Rongu_vallavalitsus, lk 13
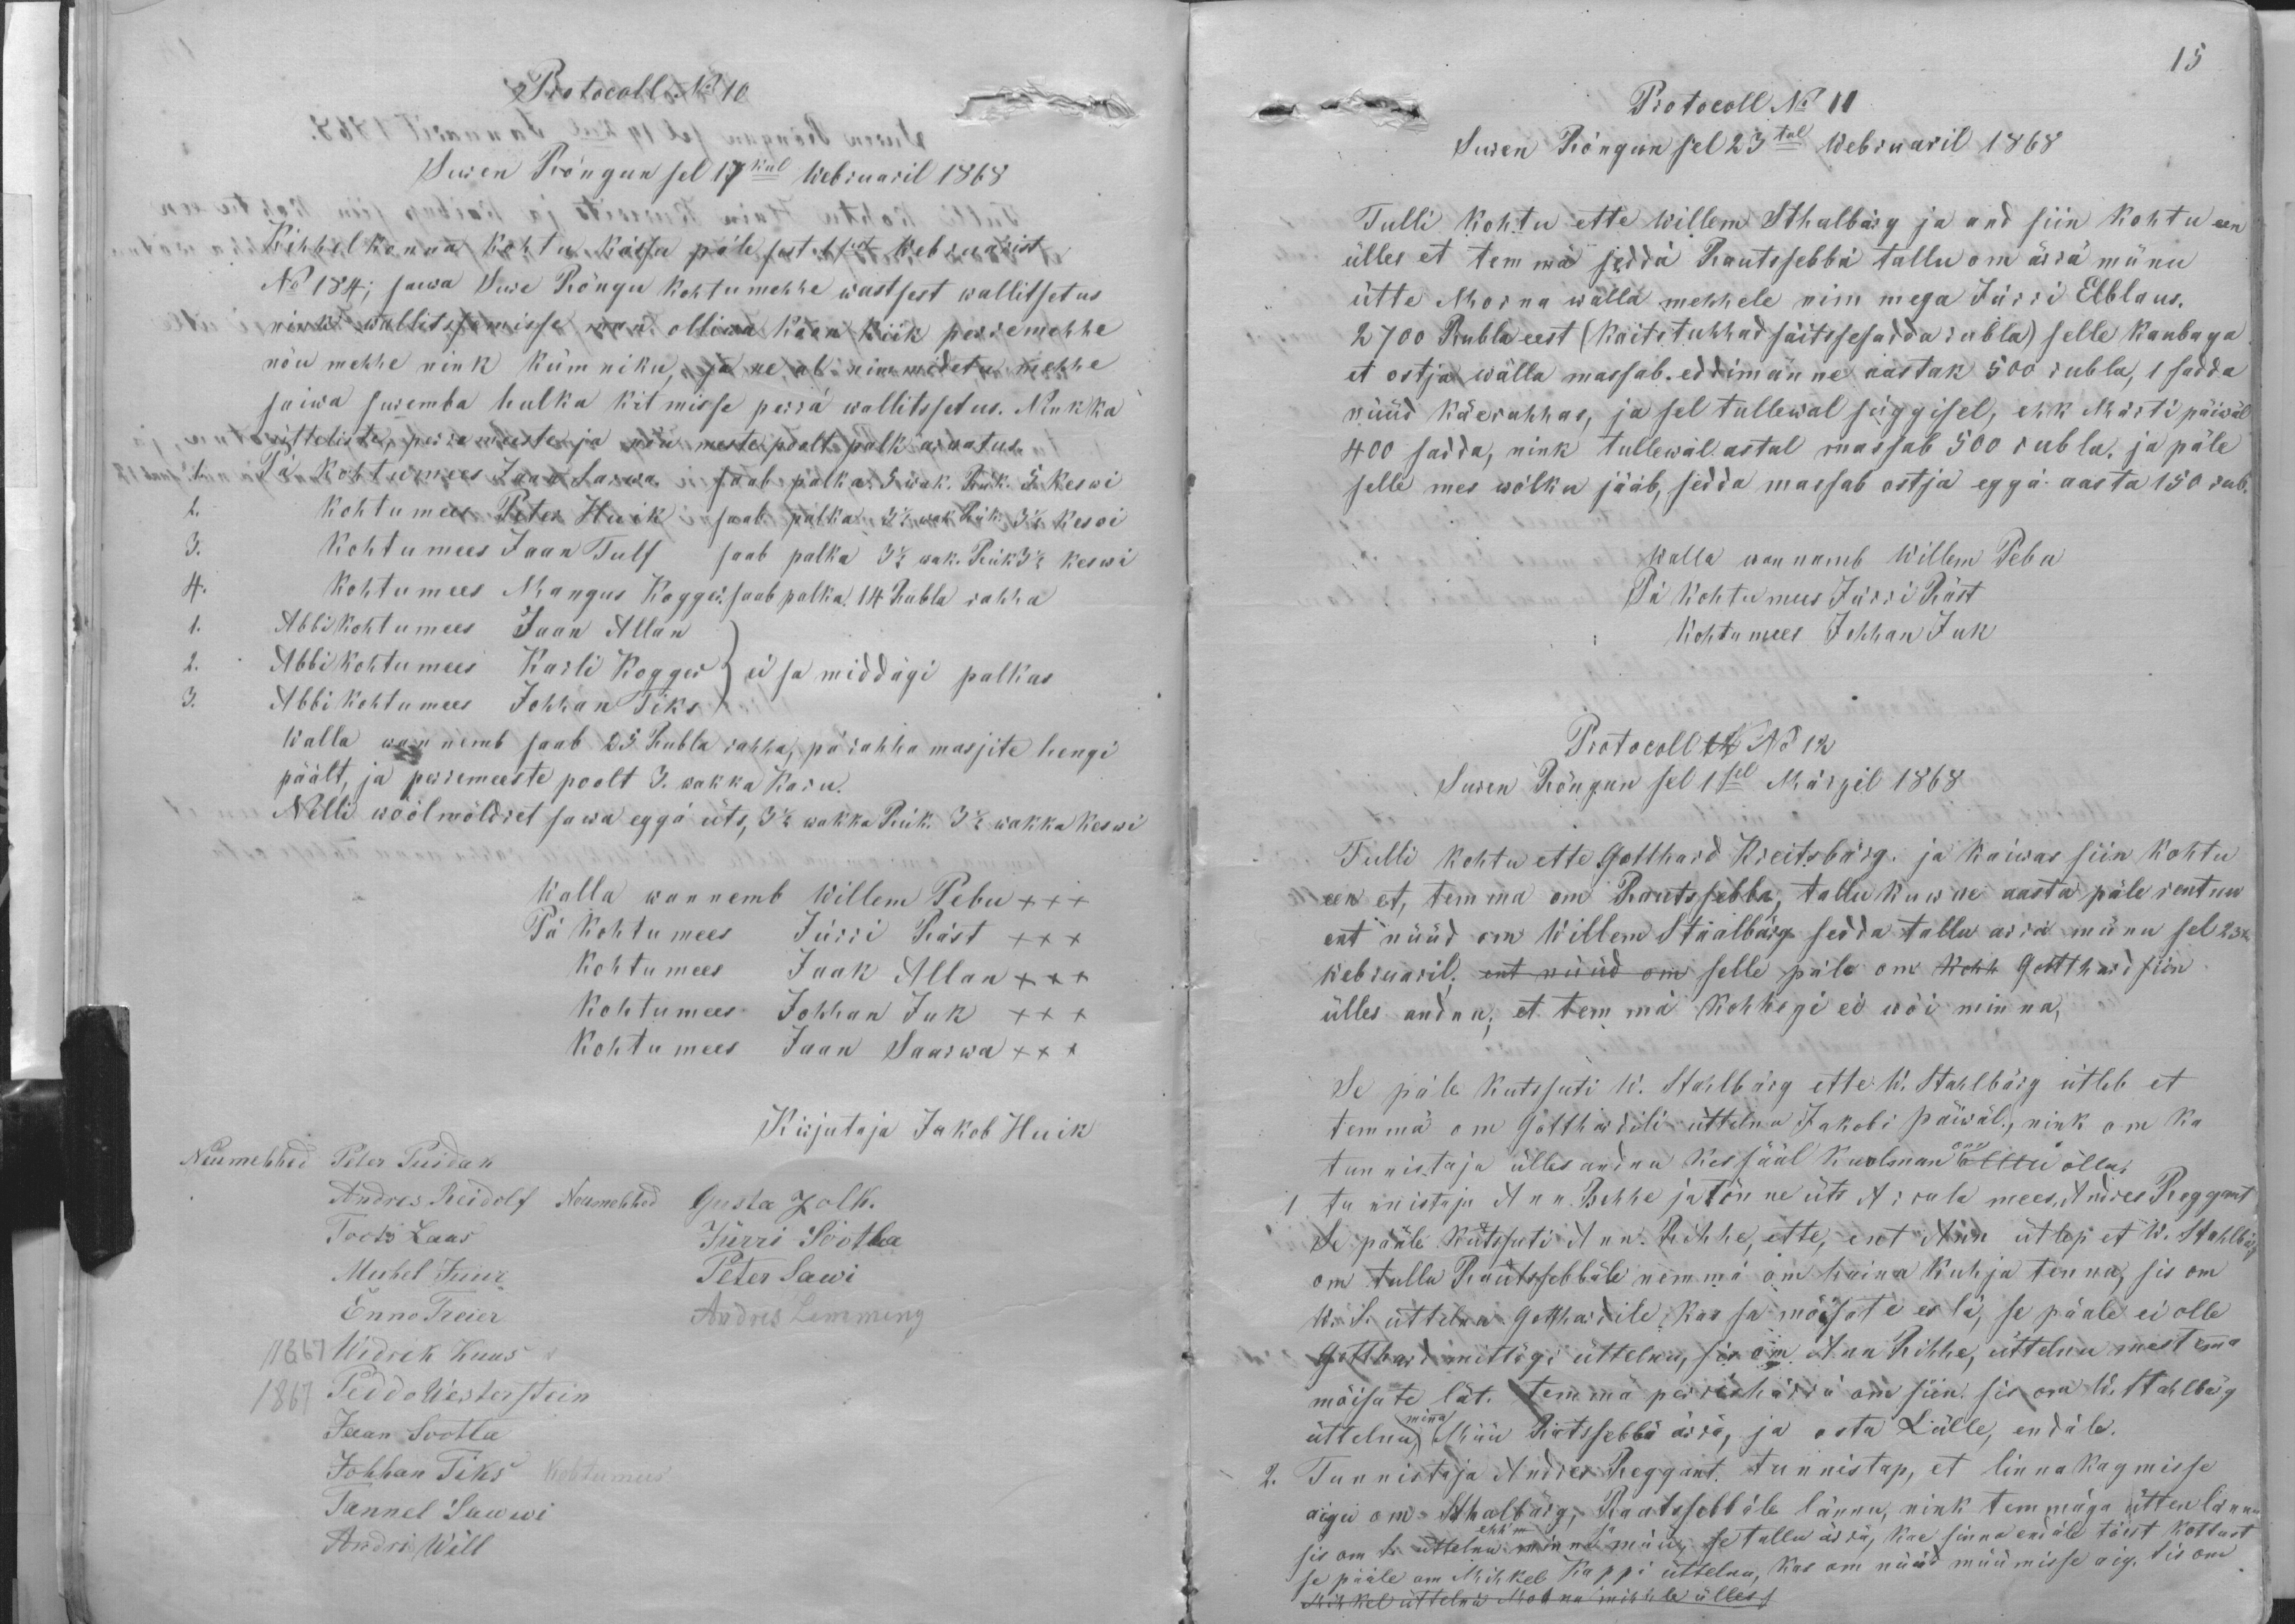
Protocoll No 10
Suren Rõngun sel 17kul Webruaril 1868
Kihhelkonna kohtu kässu päle sest 1sest Webruarist
No 184; saewa Sure Rõngu kohtumehhe wastsest wallitsetus
nink wallitssemisse man olliwa koon kiik perremehhe
nõu mehhe nink kümniku, ja ne al nimmidetu mehhe
saiwa suremba hulka kitmisse perrä wallitssetus. Nink ka
ütteliste, perremeeste ja nõu meeste poolt palk arwatus.
1. Pä kohtumees Jaan Sarwa saab palka 5 wak. Rük. 5. keswi
2. Kohtumees Peter Huik saab palka 3 1/2 wak Rük. 3 1/2 keswi
3. Kohtumees Jaan Tulf saab palka 3 1/2 wak. Rük 3 1/2 keswi
4. Kohtumees Mangus Kogger saab palka. 14 Rubla rahha
1. Abbikohtumees Jaan Allan
2. Abbikohtumees Karli Kogger / ei sa middägi palkas
3. Abbikohtumees Johhan Tiks
Walla wannemb saab 23 Rubla rahha, pärahha masjite hengi
päält, ja perremeeste poolt 3. wakka Karu.
Nelli wõõlmöldret sawa eggä üts, 3 1/2 wakka Rük. 3 1/2 wakka keswi
Walla wannemb Willem Pebu XXX
Pä kohtumees Jürri Räst XXX
Kohtumees Jaak Allan XXX
Kohtumees Johhan Juk XXX
Kohtumees Jaan Saarwa XXX
Kirjutaja Jakob Huik
Neumehhed Peter Puidak
Andres Reidolf Neumehhed Gusta Zolk.
Toots Laas
Jürri Sootla
Michel Juur
Peter Sawi
Enno Treier
Andres Lemming
11867 Widrik Kuus
1867 Peddo Westerstein
Jaan Sootla
Johhan Tiks kohtumees
Tannel Sawwi
Andri Will

15
Protocoll No 11
Suren Rõngun sel 23tal Webruaril 1868
Tulli kohtu ette Willem Sthalbärg ja and siin kohtu een
ülles et temmä seddä Rautssebbä tallu om ärrä münu
ütte Morna walla mehhele nimmega Jürri Elblaus.
2700 Rubla eest (kaitstuhhad säitssesadda rubla) selle kaubaga
et ostja wälla massab. eddimänne aastak 500 rubla, 1 sadda
nüüd käerahhas, ja sel tullewal süggisel, ehk Märti päiwäl
400 sadda, nink tullewal astal massab 500 rubla, ja päle
selle mes wõlku jääb, sedda massab ostja eggä aasta 150 rub.
Walla wannemb Willem Pebu
Pä kohtumees Jürri Räst
Kohtumees Johhan Juk
Protocoll N No 12
Suren Rõngun sel 1sel Märzil 1868
Tulli kohtu ette Gotthard Kreitsbärg, ja kaiwas siin kohtu
een et, temma om Rautssebba tallu kuwwe aasta päle rentnu
ent nüüd on Willem Saalbärg sedda tallu arrä münu sel 23.
Webruaril; ent nüüd om selle päle om kohh Gotthard siin
ülles andnu; et temmä kohhegi ei wõi minna,
Se päle kutsuti W. Stahlbärg ette. W. Stahlbärg ütleb et
temmä om Gotthardili üttelnu Jakobi päiwäl., nink om ka
tunnistaja ülles andnu kes sääl kuulman om olllu ollu,
1 tunnistaja Ann Rehhe ja tõnne üts Arrula mees, Andres Reggant
Se pääle kutssuti Ann Rihhe, ette, ent Ann ütlep et W. Stahlbärg
om tullu Rautsebbäle nemmä om haina kuhja tennu, sis om
W. S. üttelnu Gotthardile kas sa mõisate es lä, se päale ei olle
Gotthard mittägi üttelnu, sis om Ann Rihhe, üttelnu mes temma
mõisate lät. temmä perrishärra om siin. Sis om W. Stahlbärg
üttelnu, minna Müü Ratsebbä ärrä, ja osta Lülle, endäle.
2. Tunnistaja Andres Reggant. tunnistap, et linna kagmisse
aigu om Sthalbärg, Rautssebbäle lännu, nink temmäga ütten lännu
ehh´m sa
sis om S. üttelnu minna müü, se tallu ärrä, kae sinna endale tõest kottust
se pääle om Mihkel Kappi üttelnu, kas om nüüd müümisse aig, Sis om
Mihkel üttelnü Morna mihhele ülless